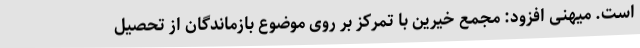
است. میهنی افزود: مجمع خیرین با تمرکز بر روی موضوع بازماندگان از تحصیل